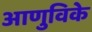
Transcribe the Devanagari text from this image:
आणुविके